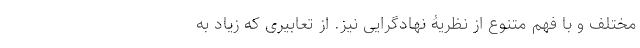
مختلف و با فهم متنوع از نظریۀ نهادگرایی نیز. از تعابیری که زیاد به